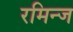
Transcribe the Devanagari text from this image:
रमिन्ज